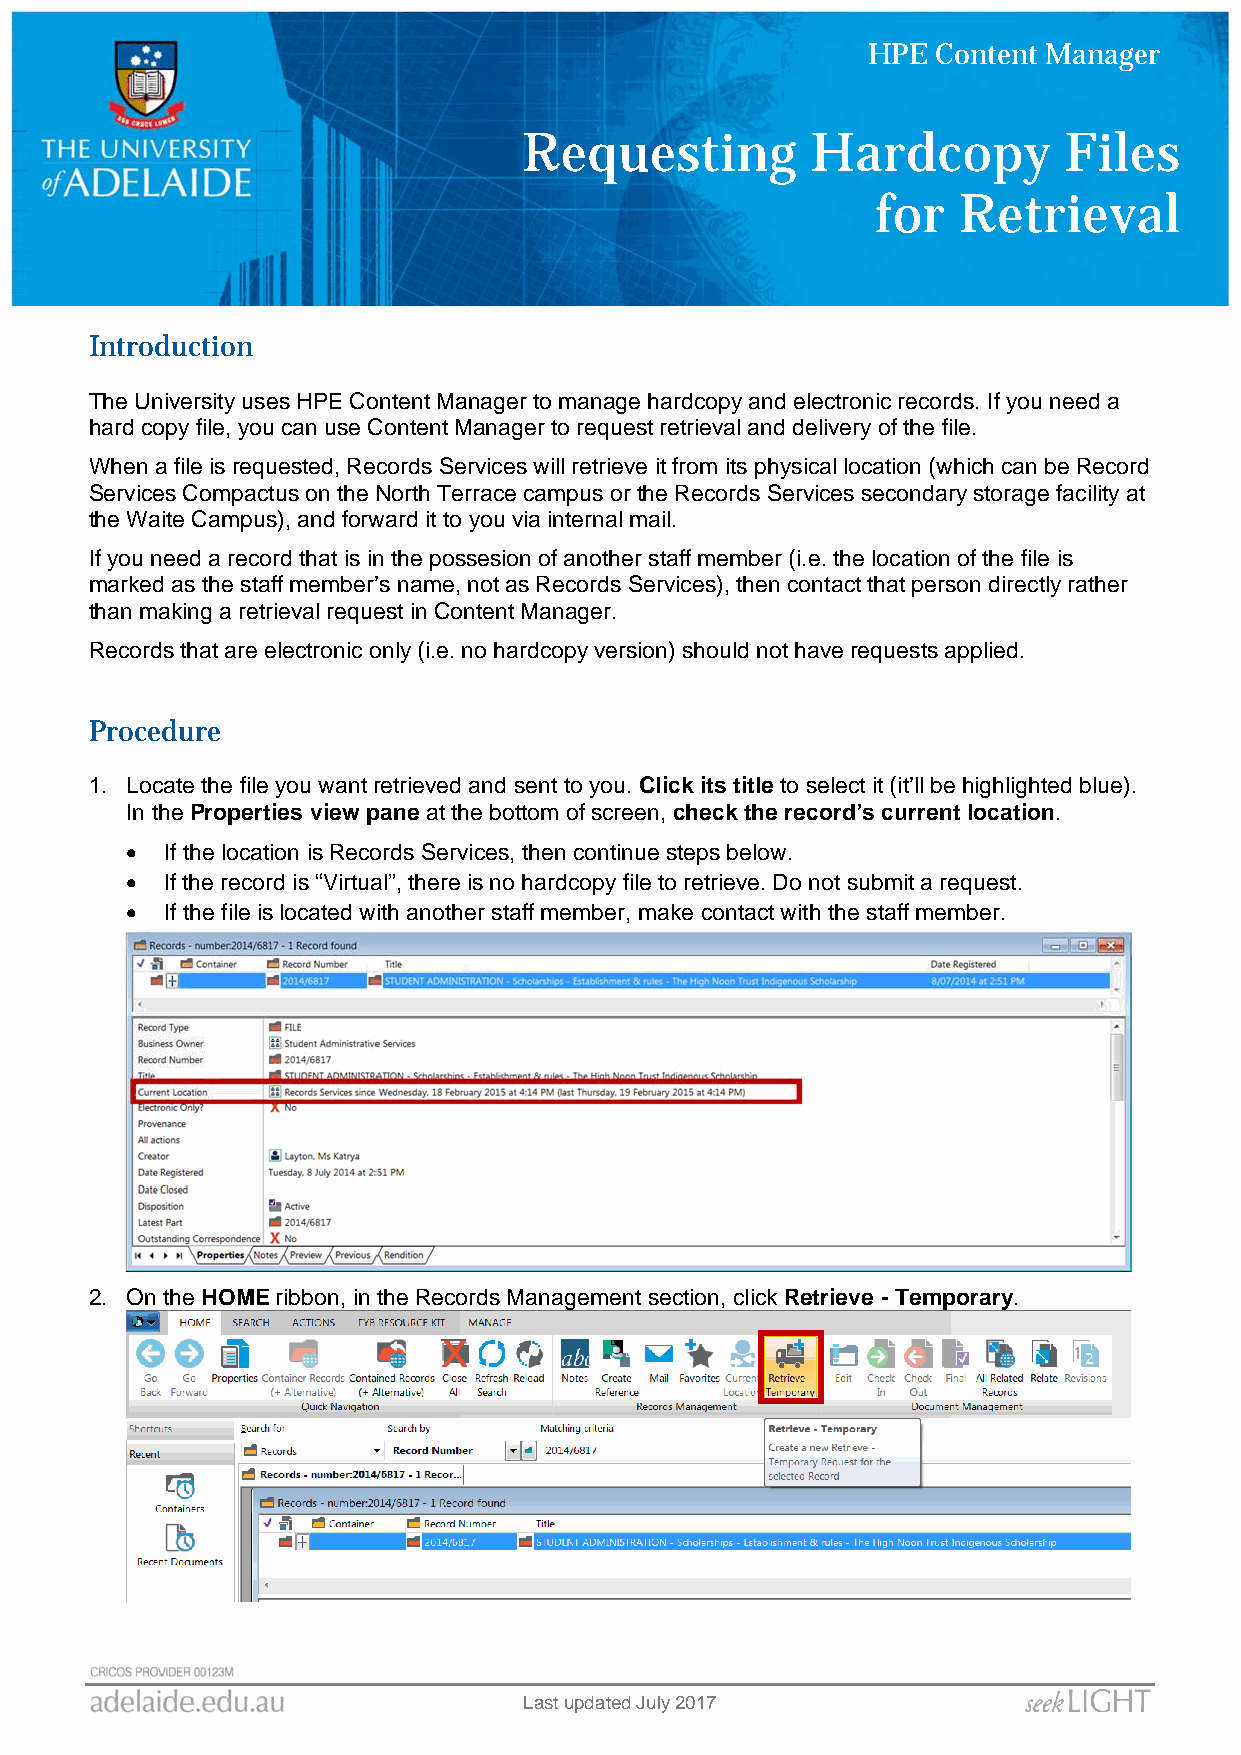
HPE  Content Manager
 Requesting         Hardcopy        Files
 for  Retrieval
 Introduction
 The University uses HPE Content Manager to manage hardcopy and electronic records. If you need a
 hard copy file, you can use Content Manager to request retrieval and delivery of the file.
 When a file is requested, Records Services will retrieve it from its physical location (which can be Record
 Services Compactus on the North Terrace campus or the Records Services secondary storage facility at
 the Waite Campus), and forward it to you via internal mail.
 If you need a record that is in the possesion of another staff member (i.e. the location of the file is
 marked as the staff member’s name, not as Records Services), then contact that person directly rather
 than making a retrieval request in Content Manager.
 Records that are electronic only (i.e. no hardcopy version) should not have requests applied.
 Procedure
 1. Locate the file you want retrieved and sent to you. Click its title to select it (it’ll be highlighted blue).
 In the Properties view pane at the bottom of screen, check the record’s current location.
   If the location is Records Services, then continue steps below.
   If the record is “Virtual”, there is no hardcopy file to retrieve. Do not submit a request.
   If the file is located with another staff member, make contact with the staff member.
 2. On the HOME ribbon, in the Records Management section, click Retrieve - Temporary.
 Last updated July 2017